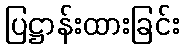
ပြဋ္ဌာန်းထားခြင်း